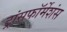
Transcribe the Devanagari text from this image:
ट्रांसफॉर्मेशंस